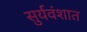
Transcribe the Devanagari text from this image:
सुर्यवंशात